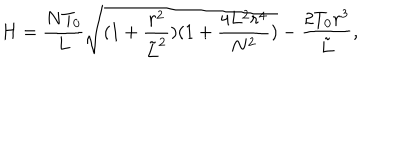
LaTeX: H = \frac { N T _ { 0 } } { L } \sqrt { ( 1 + \frac { r ^ { 2 } } { { \tilde { L } } ^ { 2 } } ) ( 1 + \frac { 4 L ^ { 2 } r ^ { 4 } } { N ^ { 2 } } ) } - \frac { 2 T _ { 0 } r ^ { 3 } } { { \tilde { L } } } ,